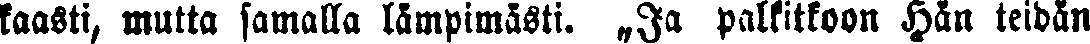
kaasti, mutta samalla lämpimästi. „Ja palkitkoon Hän teidän